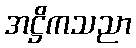
အဋ္ဌိကသညာ